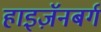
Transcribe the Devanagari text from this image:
हाइज़ॅनबर्ग